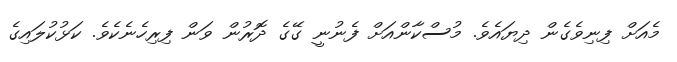
މެއަށް ފިނިވެގެން ދިޔައެވެ. މުސްކާންއަށް ފެނުނީ ގޭގެ ދޮރުން ވަން ފިރިހެނެކެވެ. ކަޅުކުލައިގެ